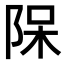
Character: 𨹦